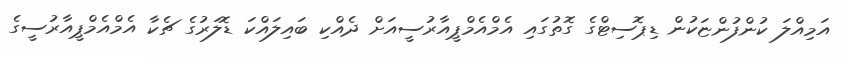
އަމިއްލަ ކުންފުންޏަކުން ޑިޕޮސިޓްގެ ގޮތުގައި އެމްއެމްޕީއާރުސީއަށް ދެއްކި ބައިލައްކަ ޑޮލަރުގެ ޗެކާ އެމްއެމްޕީއާރުސީގެ